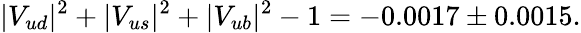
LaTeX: |V_{ud}|^{2}+|V_{us}|^{2}+|V_{ub}|^{2}-1=-0.0017\pm 0.0015.